Problem: 5 - 5 = ?
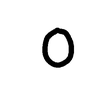
Handwritten answer: 0